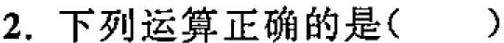
2.下列运算正确的是()A.